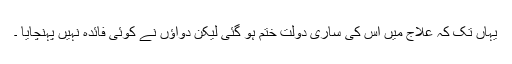
یہاں تک کہ علاج میں اس کی ساری دولت ختم ہو گئی لیکن دواؤں نے کوئی فائدہ نہیں پہنچایا ۔